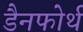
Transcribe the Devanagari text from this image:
डैनफोर्थ